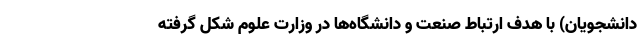
دانشجویان) با هدف ارتباط صنعت و دانشگاه‌ها در وزارت علوم شکل گرفته